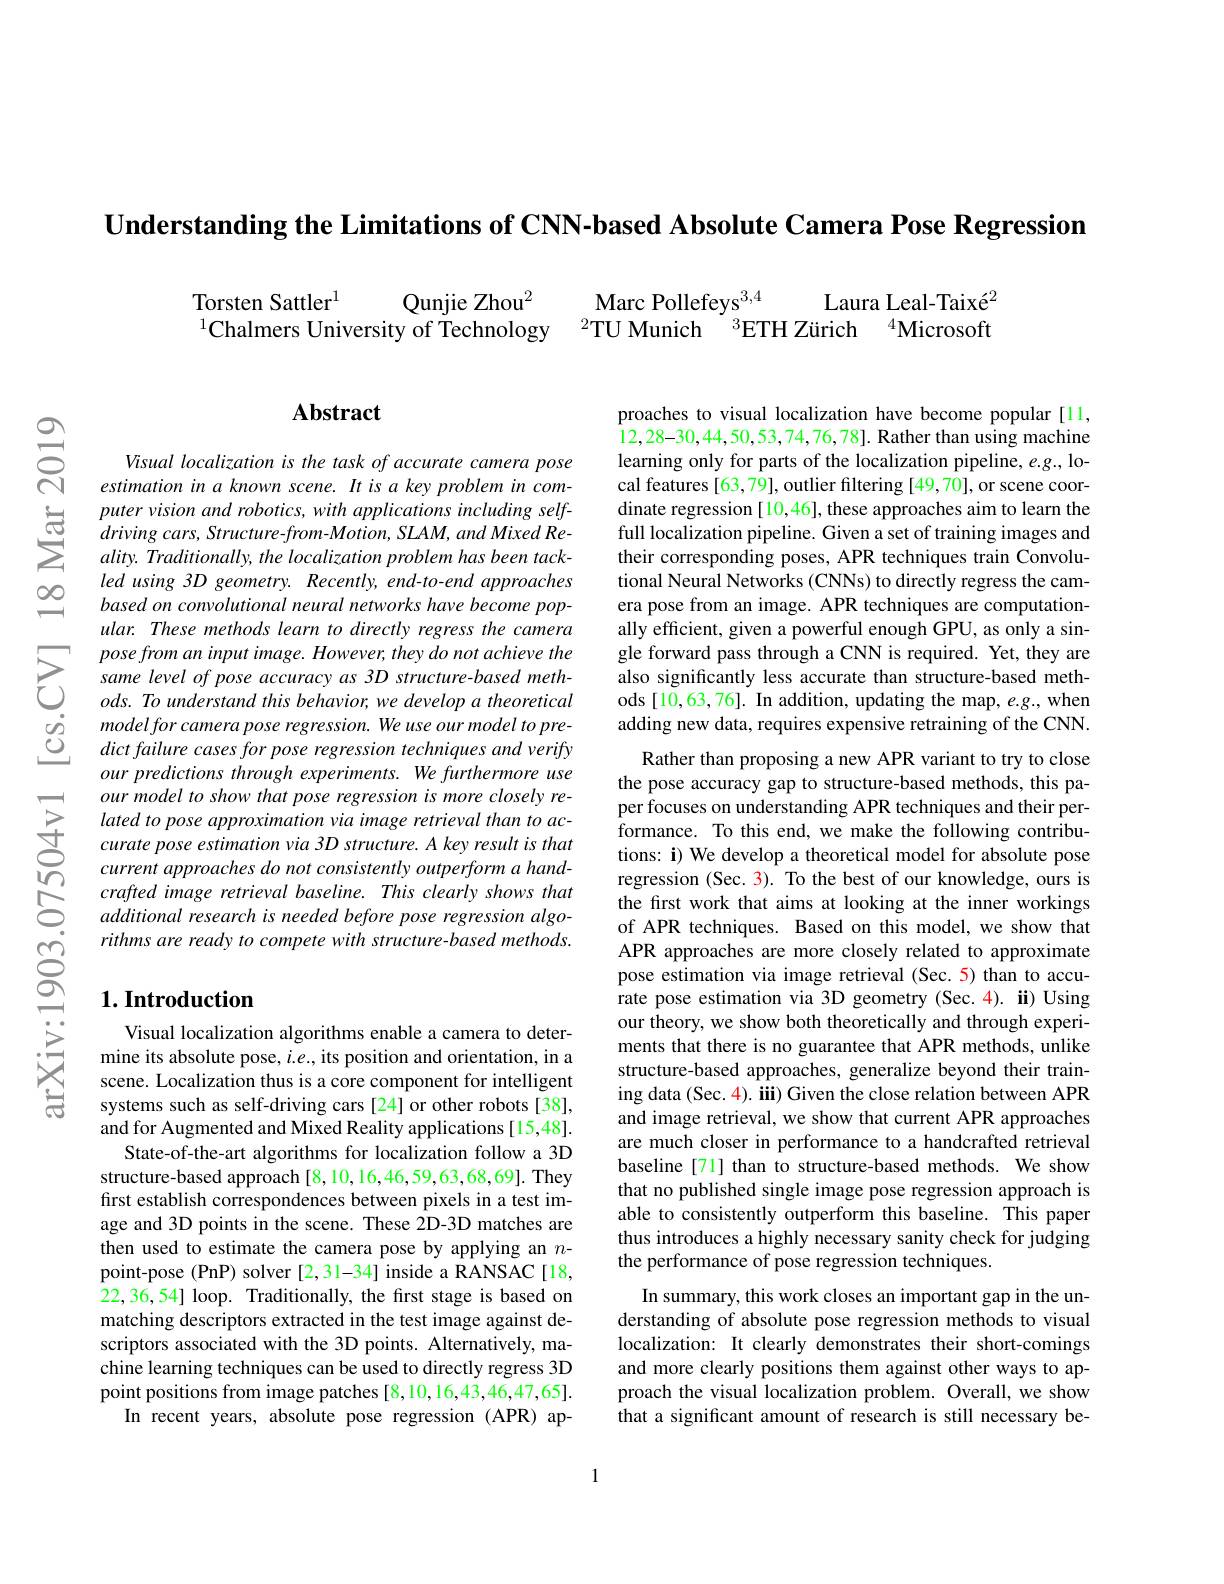
$\textbf{Understanding the Limitations of CNN- based Absolute Camera Pose Regression}$

Qunjie Zhou$^{2}$
Torsten Sattler$^{1}$
$^{1}$Chalmers University of Technology

## $\mathbf{Abstract}$

Visual localization is the task of accurate camera pose estimation in a known scene. It is a key problem in computer vision and robotics, with applications including selfdriving cars, Structure-from-Motion, SLAM, and Mixed Reality. Traditionally, the localization problem has been tackled using 3D geometry. Recently, end-to-end approaches based on convolutional neural networks have become popular. These methods learn to directly regress the camera pose from an input image. However, they do not achieve the same level of pose accuracy as 3D structure-based meth- $ods. \textit{ To understand this behavior, we develop a theoretical}$ modelfor camera pose regression. We use our model to predict failure cases for pose regression techniques and verify our predictions through experiments. We furthermore use our model to show that pose regression is more closely related to pose approximation via image retrieval than to accurate pose estimation via 3D structure. A key result is that current approaches do not consistently outperform a handcrafted image retrieval baseline. This clearly shows that additional research is needed before pose regression algorithms are ready to compete with structure-based methods.

## $1. \textbf{Introduction}$

Visual localization algorithms enable a camera to determine its absolute pose, $i.e.$, its position and orientation, in a scene. Localization thus is a core component for intelligent systems such as self-driving cars [24] or other robots [38], and for Augmented and Mixed Reality applications [15,48].
State-of-the-art algorithms for localization follow a 3D structure-based approach[8,10,16,46,59,63,68,69]. They first establish correspondences between pixels in a test image and 3D points in the scene. These 2D-3D matches are then used to estimate the camera pose by applying anpoint-pose (PnP) solver [2,31-34] inside a RANSAC[18, 22,36,54] loop. Traditionally, the first stage is based on matching descriptors extracted in the test image against descriptors associated with the 3D points. Alternatively, machine learning techniques can be used to directly regress 3D point positions from image patches [8,10,16,43,46,47,65].
In recent years, absolute pose regression (APR) ap-

Marc Pollefeys$^{3,4}$
Laura Leal-Taixé$^{2}$
$^{2}$TU Munich $^{3}$ETH Zürich $^{4}$Microsoft

proaches to visual localization have become popular[11, 12,28-30,44,50,53,74,76,78]. Rather than using machine learning only for parts of the localization pipeline, e.g., local features [63,79], outlier filtering [49,70], or scene coordinate regression [10,46], these approaches aim to learn the full localization pipeline. Given a set of training images and their corresponding poses, APR techniques train Convolutional Neural Networks (CNNs) to directly regress the camera pose from an image. APR techniques are computationally efficient, given a powerful enough GPU, as only a single forward pass through a CNN is required. Yet, they are also significantly less accurate than structure-based methods [10,63,76]. In addition, updating the map, e.g., when adding new data, requires expensive retraining of the CNN.
Rather than proposing a new APR variant to try to close the pose accuracy gap to structure-based methods, this paper focuses on understanding APR techniques and their performance. To this end, we make the following contributions: i) We develop a theoretical model for absolute pose regression (Sec. 3). To the best of our knowledge, ours is the first work that aims at looking at the inner workings of APR techniques. Based on this model, we show that APR approaches are more closely related to approximate pose estimation via image retrieval (Sec.5) than to accurate pose estimation via 3D geometry (Sec.4). ii) Using our theory, we show both theoretically and through experiments that there is no guarantee that APR methods, unlike structure-based approaches, generalize beyond their training data (Sec. 4). iii) Given the close relation between APR and image retrieval, we show that current APR approaches are much closer in performance to a handcrafted retrieval baseline[71] than to structure-based methods. We show that no published single image pose regression approach is able to consistently outperform this baseline. This paper thus introduces a highly necessary sanity check for judging the performance of pose regression techniques.
In summary, this work closes an important gap in the understanding of absolute pose regression methods to visual localization: It clearly demonstrates their short-comings and more clearly positions them against other ways to approach the visual localization problem. Overall, we show that a significant amount of research is still necessary be-

1